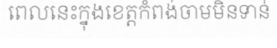
ពេលនេះក្នុងខេត្តកំពង់ចាមមិនទាន់